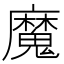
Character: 魔